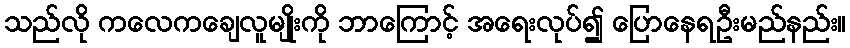
သည်လို ကလေကချေလူမျိုးကို ဘာကြောင့် အရေးလုပ်၍ ပြောနေရဦးမည်နည်း။